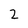
Character: 2